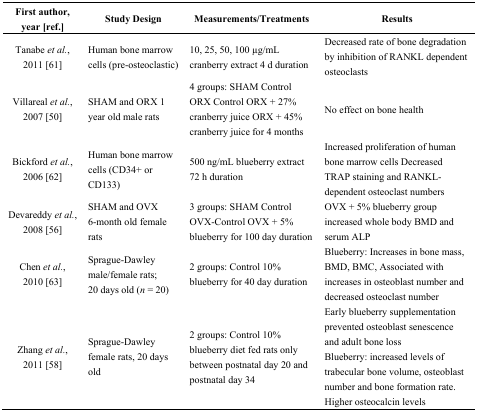
<table><thead><tr><td><b>First author, year [ref.]</b></td><td><b>Study Design</b></td><td><b>Measurements/Treatments</b></td><td><b>Results</b></td></tr></thead><tbody><tr><td>Tanabe <i>et al.</i>, 2011 [61]</td><td>Human bone marrow cells (pre-osteoclastic)</td><td>10, 25, 50, 100 μg/mL cranberry extract 4 d duration</td><td>Decreased rate of bone degradation by inhibition of RANKL dependent osteoclasts</td></tr><tr><td>Villareal <i>et al.</i>, 2007 [50]</td><td>SHAM and ORX 1 year old male rats</td><td>4 groups: SHAM Control ORX Control ORX + 27% cranberry juice ORX + 45% cranberry juice for 4 months</td><td>No effect on bone health</td></tr><tr><td>Bickford <i>et al.</i>, 2006 [62]</td><td>Human bone marrow cells (CD34+ or CD133)</td><td>500 ng/mL blueberry extract 72 h duration</td><td>Increased proliferation of human bone marrow cells Decreased TRAP staining and RANKL-dependent osteoclast numbers</td></tr><tr><td>Devareddy <i>et al.</i>, 2008 [56]</td><td>SHAM and OVX 6-month old female rats</td><td>3 groups: SHAM Control OVX-Control OVX + 5% blueberry for 100 day duration</td><td>OVX + 5% blueberry group increased whole body BMD and serum ALP</td></tr><tr><td>Chen <i>et al.</i>, 2010 [63]</td><td>Sprague-Dawley male/female rats; 20 days old (<i>n</i> = 20)</td><td>2 groups: Control 10% blueberry for 40 day duration</td><td>Blueberry: Increases in bone mass, BMD, BMC, Associated with increases in osteoblast number and decreased osteoclast number</td></tr><tr><td>Zhang <i>et al.</i>, 2011 [58]</td><td>Sprague-Dawley female rats, 20 days old</td><td>2 groups: Control 10% blueberry diet fed rats only between postnatal day 20 and postnatal day 34</td><td>Early blueberry supplementation prevented osteoblast senescence and adult bone loss Blueberry: increased levels of trabecular bone volume, osteoblast number and bone formation rate. Higher osteocalcin levels</td></tr></tbody></table>